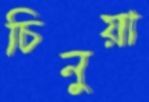
চিনুয়া